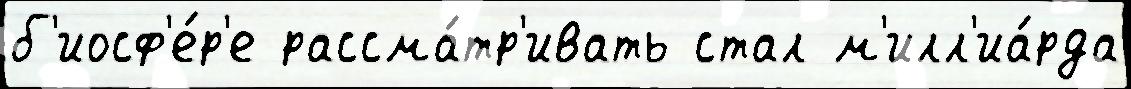
б'иосф'е́р'е рассма́тр'ивать стал м'илл'иа́рда